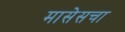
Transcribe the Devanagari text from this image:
मासेसचा